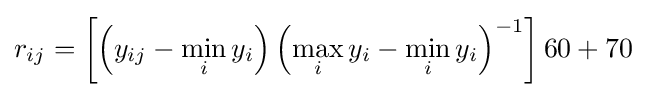
r_{ij}=\left[\left(y_{ij}-\min _{i}y_{i}\right)\left(\max _{i}y_{i}-\min _{i}y_{i}\right)^{-1}\right]60+70